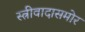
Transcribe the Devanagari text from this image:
स्त्रीवादासमोर